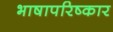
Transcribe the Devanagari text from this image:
भाषापरिष्कार